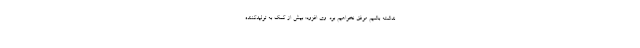
نداشته باشیم موفق نخواهیم بود. وی افزود: بیش از کمک به تولیدکننده